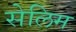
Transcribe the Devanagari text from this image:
सेलिम